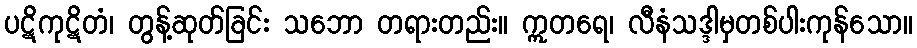
ပဋိကုဋိတံ၊ တွန့်ဆုတ်ခြင်း သဘော တရားတည်း။ ဣတရေ၊ လီနံသဒ္ဒါမှတစ်ပါးကုန်သော။